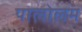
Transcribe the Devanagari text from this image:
पालोलम